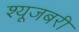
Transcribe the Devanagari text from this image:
श्यूजबरी